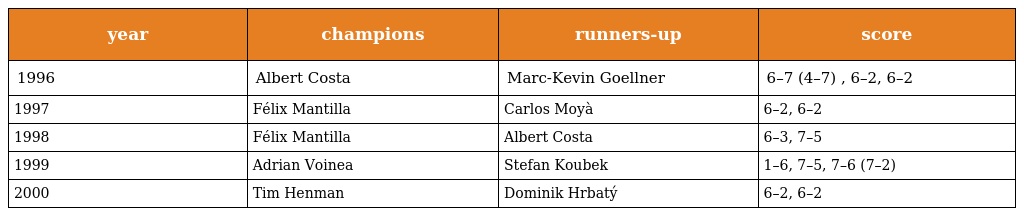
| year | champions | runners-up | score |
 | --- | --- | --- | --- |
 | 1996 | Albert Costa | Marc-Kevin Goellner | 6–7 (4–7) , 6–2, 6–2 |
 | 1997 | Félix Mantilla | Carlos Moyà | 6–2, 6–2 |
 | 1998 | Félix Mantilla | Albert Costa | 6–3, 7–5 |
 | 1999 | Adrian Voinea | Stefan Koubek | 1–6, 7–5, 7–6 (7–2) |
 | 2000 | Tim Henman | Dominik Hrbatý | 6–2, 6–2 |